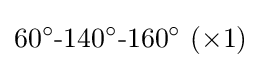
60^{\circ }{\text{-}}140^{\circ }{\text{-}}160^{\circ }~(\times 1)